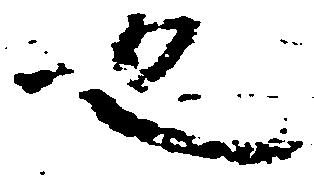
也